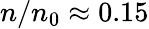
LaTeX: n/n_{0}\approx 0.15